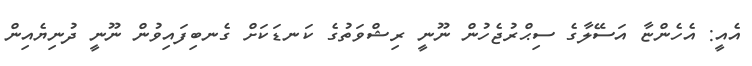
އެއީ: އެހެންޏާ އަސޭލާގެ ސިޙްރުޖެހުން ނޫނީ ރިޝްވަތުގެ ކަނޑަކަށް ގެނބިފައިވުން ނޫނީ ދުނިޔެއިން